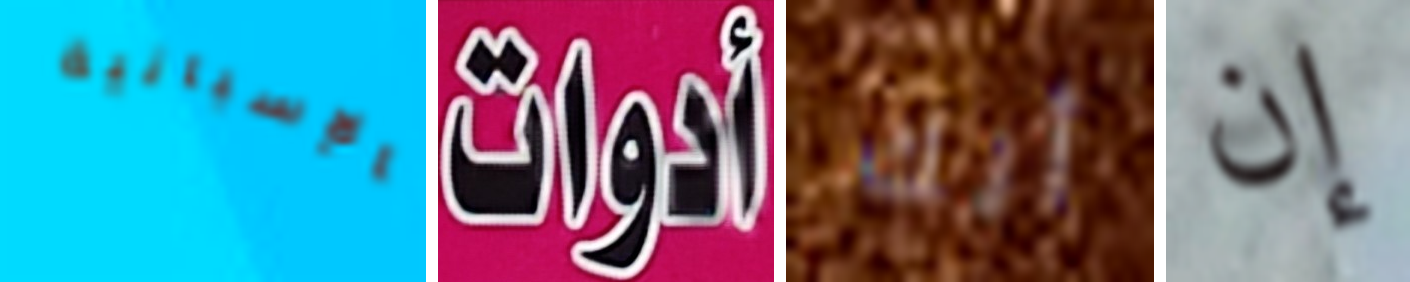
بالإسبانية أدوات أنك إن